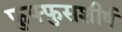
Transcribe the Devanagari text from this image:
फुफ्फुसशीर्ष